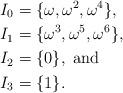
LaTeX: \begin{align*}I_0 &= \{ \omega, \omega^2, \omega^4 \},\\I_1 &= \{ \omega^3, \omega^5, \omega^6 \},\\I_2 &= \{ 0 \}, \textrm{ and}\\I_3 &= \{1\}.\end{align*}